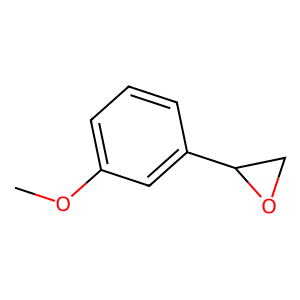
SMILES: COc1cccc(C2CO2)c1
Inhibits HIV replication: No